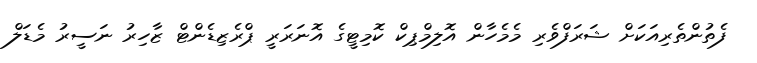
ފެތުންތެރިއަކަށް ޝަރަފްވެރި މެމެހާން އޮލިމްޕިކް ކޮމިޓީގެ އޮނަރަރީ ޕްރެޒިޑެންޓް ޒާހިރު ނަސީރު މެޑަލް